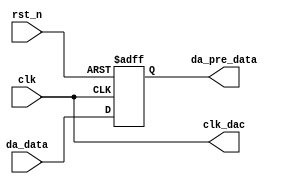
`timescale 1ns / 1ps
//////////////////////////////////////////////////////////////////////////////////
// Company: 
// Engineer: 
// 
// Design Name: 
// Module Name:    DAC_CTR 
// Project Name: 
// Target Devices: 
// Tool versions: 
// Description: 
//
// Dependencies: 
//
// Revision: 
// Revision 0.01 - File Created
// Additional Comments: 
//
//////////////////////////////////////////////////////////////////////////////////
module dac_ctrl(
    input clk,
    input rst_n,
    input  [7:0] da_data,
    output [7:0] da_pre_data,
    output clk_dac
    );
assign clk_dac = clk ;


reg [7:0] cach;
always@(posedge clk or negedge rst_n)
begin
     if(rst_n == 0)
	  cach <= 0;
	  else
	  cach <= da_data[7:0];
end




 assign da_pre_data = cach;
endmodule